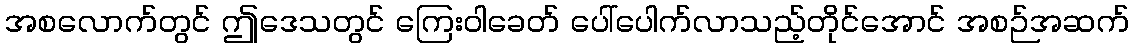
အစလောက်တွင် ဤဒေသတွင် ကြေးဝါခေတ် ပေါ်ပေါက်လာသည့်တိုင်အောင် အစဉ်အဆက်